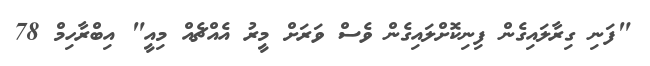
"ފަނި ގިރާލައިގެން ފިނިކޮށްލައިގެން ވެސް ވަރަށް މީރު އެއްޗެއް މިއީ" އިބްރާހިމް 78